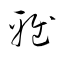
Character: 雅